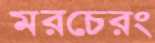
মরচেরং